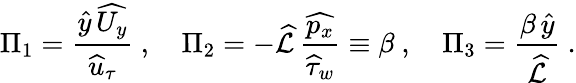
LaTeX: \Pi_{1}=\frac{\widehat{y}\, \widehat{U_{y}}}{\widehat{u}_{\tau}}~,\quad\Pi_{2}=-\widehat{\mathcal{L}}\, \frac{\widehat{p_{x}}}{\widehat{\tau}_{w}}\equiv\beta~,\quad\Pi_{3}=\frac{\beta\, \widehat{y}}{\widehat{\mathcal{L}}}~.